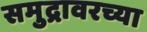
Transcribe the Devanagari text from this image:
समुद्रावरच्या